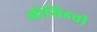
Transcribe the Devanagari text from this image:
ऑसिडची